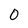
Character: 0